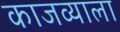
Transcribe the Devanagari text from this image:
काजव्याला